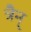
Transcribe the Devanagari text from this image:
त्रैन्